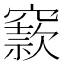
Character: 窾